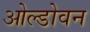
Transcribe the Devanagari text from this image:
ओल्डोवन